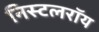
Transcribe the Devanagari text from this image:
निस्टलरॉय